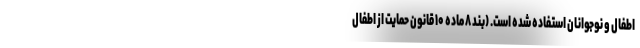
اطفال و نوجوانان استفاده شده است. (بند ۸ ماده ۱۰ قانون حمایت از اطفال